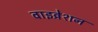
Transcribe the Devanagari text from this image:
वाइव्रेशन